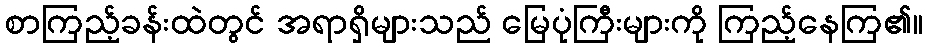
စာကြည့်ခန်းထဲတွင် အရာရှိများသည် မြေပုံကြီးများကို ကြည့်နေကြ၏။